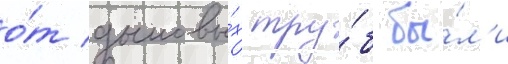
о́т дымовы́х тру́б бы́л'и